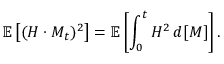
\mathbb { E } \left[ ( H \cdot M _ { t } ) ^ { 2 } \right] = \mathbb { E } \left[ \int _ { 0 } ^ { t } H ^ { 2 } \, d [ M ] \right] .